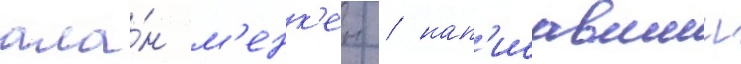
ала́н м'енк'ен / нап'исавшии